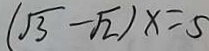
( \sqrt { 3 } - \sqrt { 2 } ) x = 5